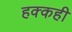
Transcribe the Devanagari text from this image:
हक्कही